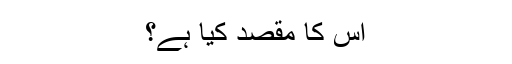
اس کا مقصد کیا ہے؟